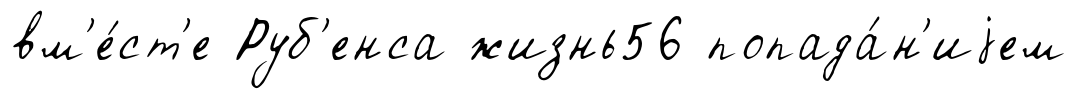
вм'е́ст'е Руб'енса жизнь56 попада́н'иjем